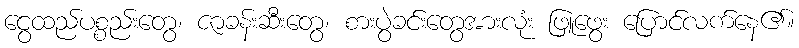
ငွေထည်ပစ္စည်းတွေ၊ ဇာခန်းဆီးတွေ၊ စားပွဲခင်းတွေအားလုံး ဖြူဖွေး ပြောင်လက်နေ၏။